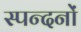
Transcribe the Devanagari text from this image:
स्पन्दनों